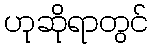
ဟုဆိုရာတွင်